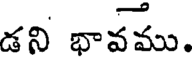
డని భావము.